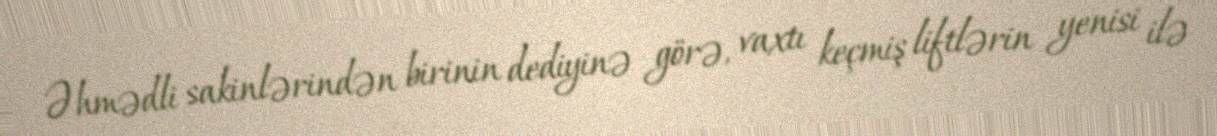
Əhmədli sakinlərindən birinin dediyinə görə, vaxtı keçmiş liftlərin yenisi ilə